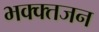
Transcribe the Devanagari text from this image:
भक्क्तजन